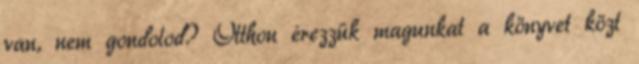
van, nem gondolod? Otthon érezzük magunkat a könyvet közt